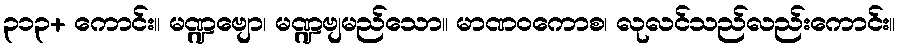
၃၁၃+ ကောင်း။ မဏ္ဍဗျော၊ မဏ္ဍဗျမည်သော။ မာဏဝကောစ၊ လုလင်သည်လည်းကောင်း။